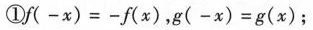
①$$f ( - x ) = - f ( x )$$，$$g ( - x) = g ( x )$$ ；